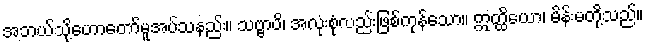
အဘယ်သို့ဟောတော်မူအပ်သနည်း။ သဗ္ဗာပိ၊ အလုံးစုံလည်းဖြစ်ကုန်သော။ ဣတ္ထိယော၊ မိန်းမတို့သည်။